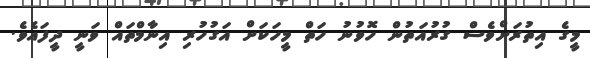
މީގެ އިތުރަށްވެސް ގުރުއަތުން ހޮވުނު ހަތް މީހަކަށް އަގުހުރި އިނާމްތައް ވަނީ ދީފައެވެ.